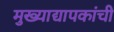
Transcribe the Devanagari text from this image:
मुख्‍याद्यापकांची